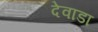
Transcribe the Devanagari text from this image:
देवाडा